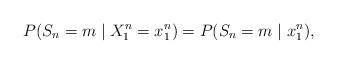
LaTeX: \begin{align*}P(S_n = m \mid X_1^n = x_1^n) = P(S_n = m \mid x_1^n),\end{align*}